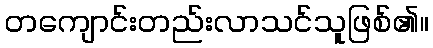
တကျောင်းတည်းလာသင်သူဖြစ်၏။